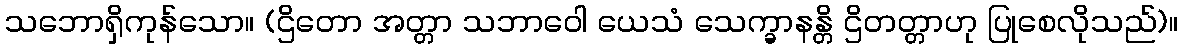
သဘောရှိကုန်သော။ (ဌိတော အတ္တာ သဘာဝေါ ယေသံ သေက္ခာနန္တိ ဌိတတ္တာဟု ပြုစေလိုသည်)။